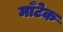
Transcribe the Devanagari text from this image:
माँटेक